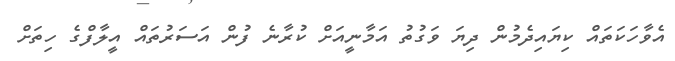
އެވާހަކަތައް ކިޔައިދެމުން ދިޔަ ވަގުތު އަމާނީއަށް ކުރާނެ ފުން އަސަރުތައް އީލާފްގެ ހިތަށް